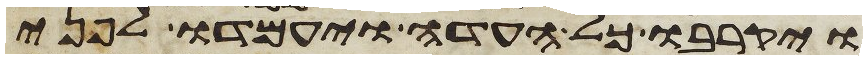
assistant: ויקרבו כל העדה ויעמדו לפני